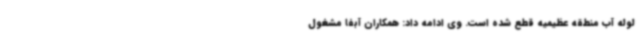
لوله آب منطقه عظیمیه قطع شده است. وی ادامه داد: همکاران آبفا مشغول